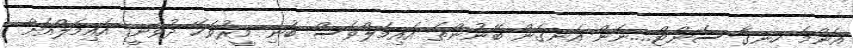
އެންމެ ހިނގާ ސެންޓް....ނަން އެނގެން ބޭނުންތަ އައިމަލްވެސް ބުނި މީރުވަހޭ ދުވަނީ. އައިމަލްއަށް